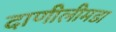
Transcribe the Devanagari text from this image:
दाणीलीमडा